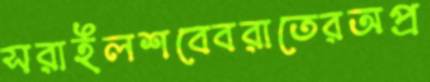
সরাইলশবেবরাতেরঅপ্র